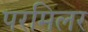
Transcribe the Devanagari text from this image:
परमिलर